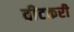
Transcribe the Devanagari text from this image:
वीटकरी